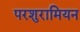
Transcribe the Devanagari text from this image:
परशुरामियन